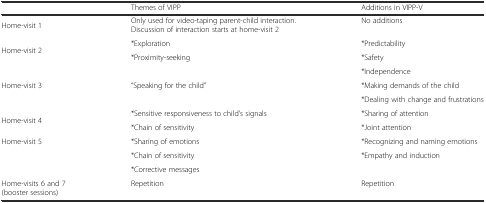
<table><thead><tr><td></td><td><b>Themes of VIPP</b></td><td><b>Additions in VIPP-V</b></td></tr></thead><tbody><tr><td>Home-visit 1</td><td>Only used for video-taping parent-child interaction. Discussion of interaction starts at home-visit 2</td><td>No additions</td></tr><tr><td rowspan="2">Home-visit 2</td><td>*Exploration</td><td>*Predictability</td></tr><tr><td>*Proximity-seeking</td><td>*Safety</td></tr><tr><td rowspan="3">Home-visit 3</td><td rowspan="3">“Speaking for the child”</td><td>*Independence</td></tr><tr><td>*Making demands of the child</td></tr><tr><td>*Dealing with change and frustrations</td></tr><tr><td rowspan="2">Home-visit 4</td><td>*Sensitive responsiveness to child’s signals</td><td>*Sharing of attention</td></tr><tr><td>*Chain of sensitivity</td><td>*Joint attention</td></tr><tr><td>Home-visit 5</td><td>*Sharing of emotions</td><td>*Recognizing and naming emotions</td></tr><tr><td></td><td>*Chain of sensitivity</td><td>*Empathy and induction</td></tr><tr><td></td><td>*Corrective messages</td><td></td></tr><tr><td>Home-visits 6 and 7 (booster sessions)</td><td>Repetition</td><td>Repetition</td></tr></tbody></table>